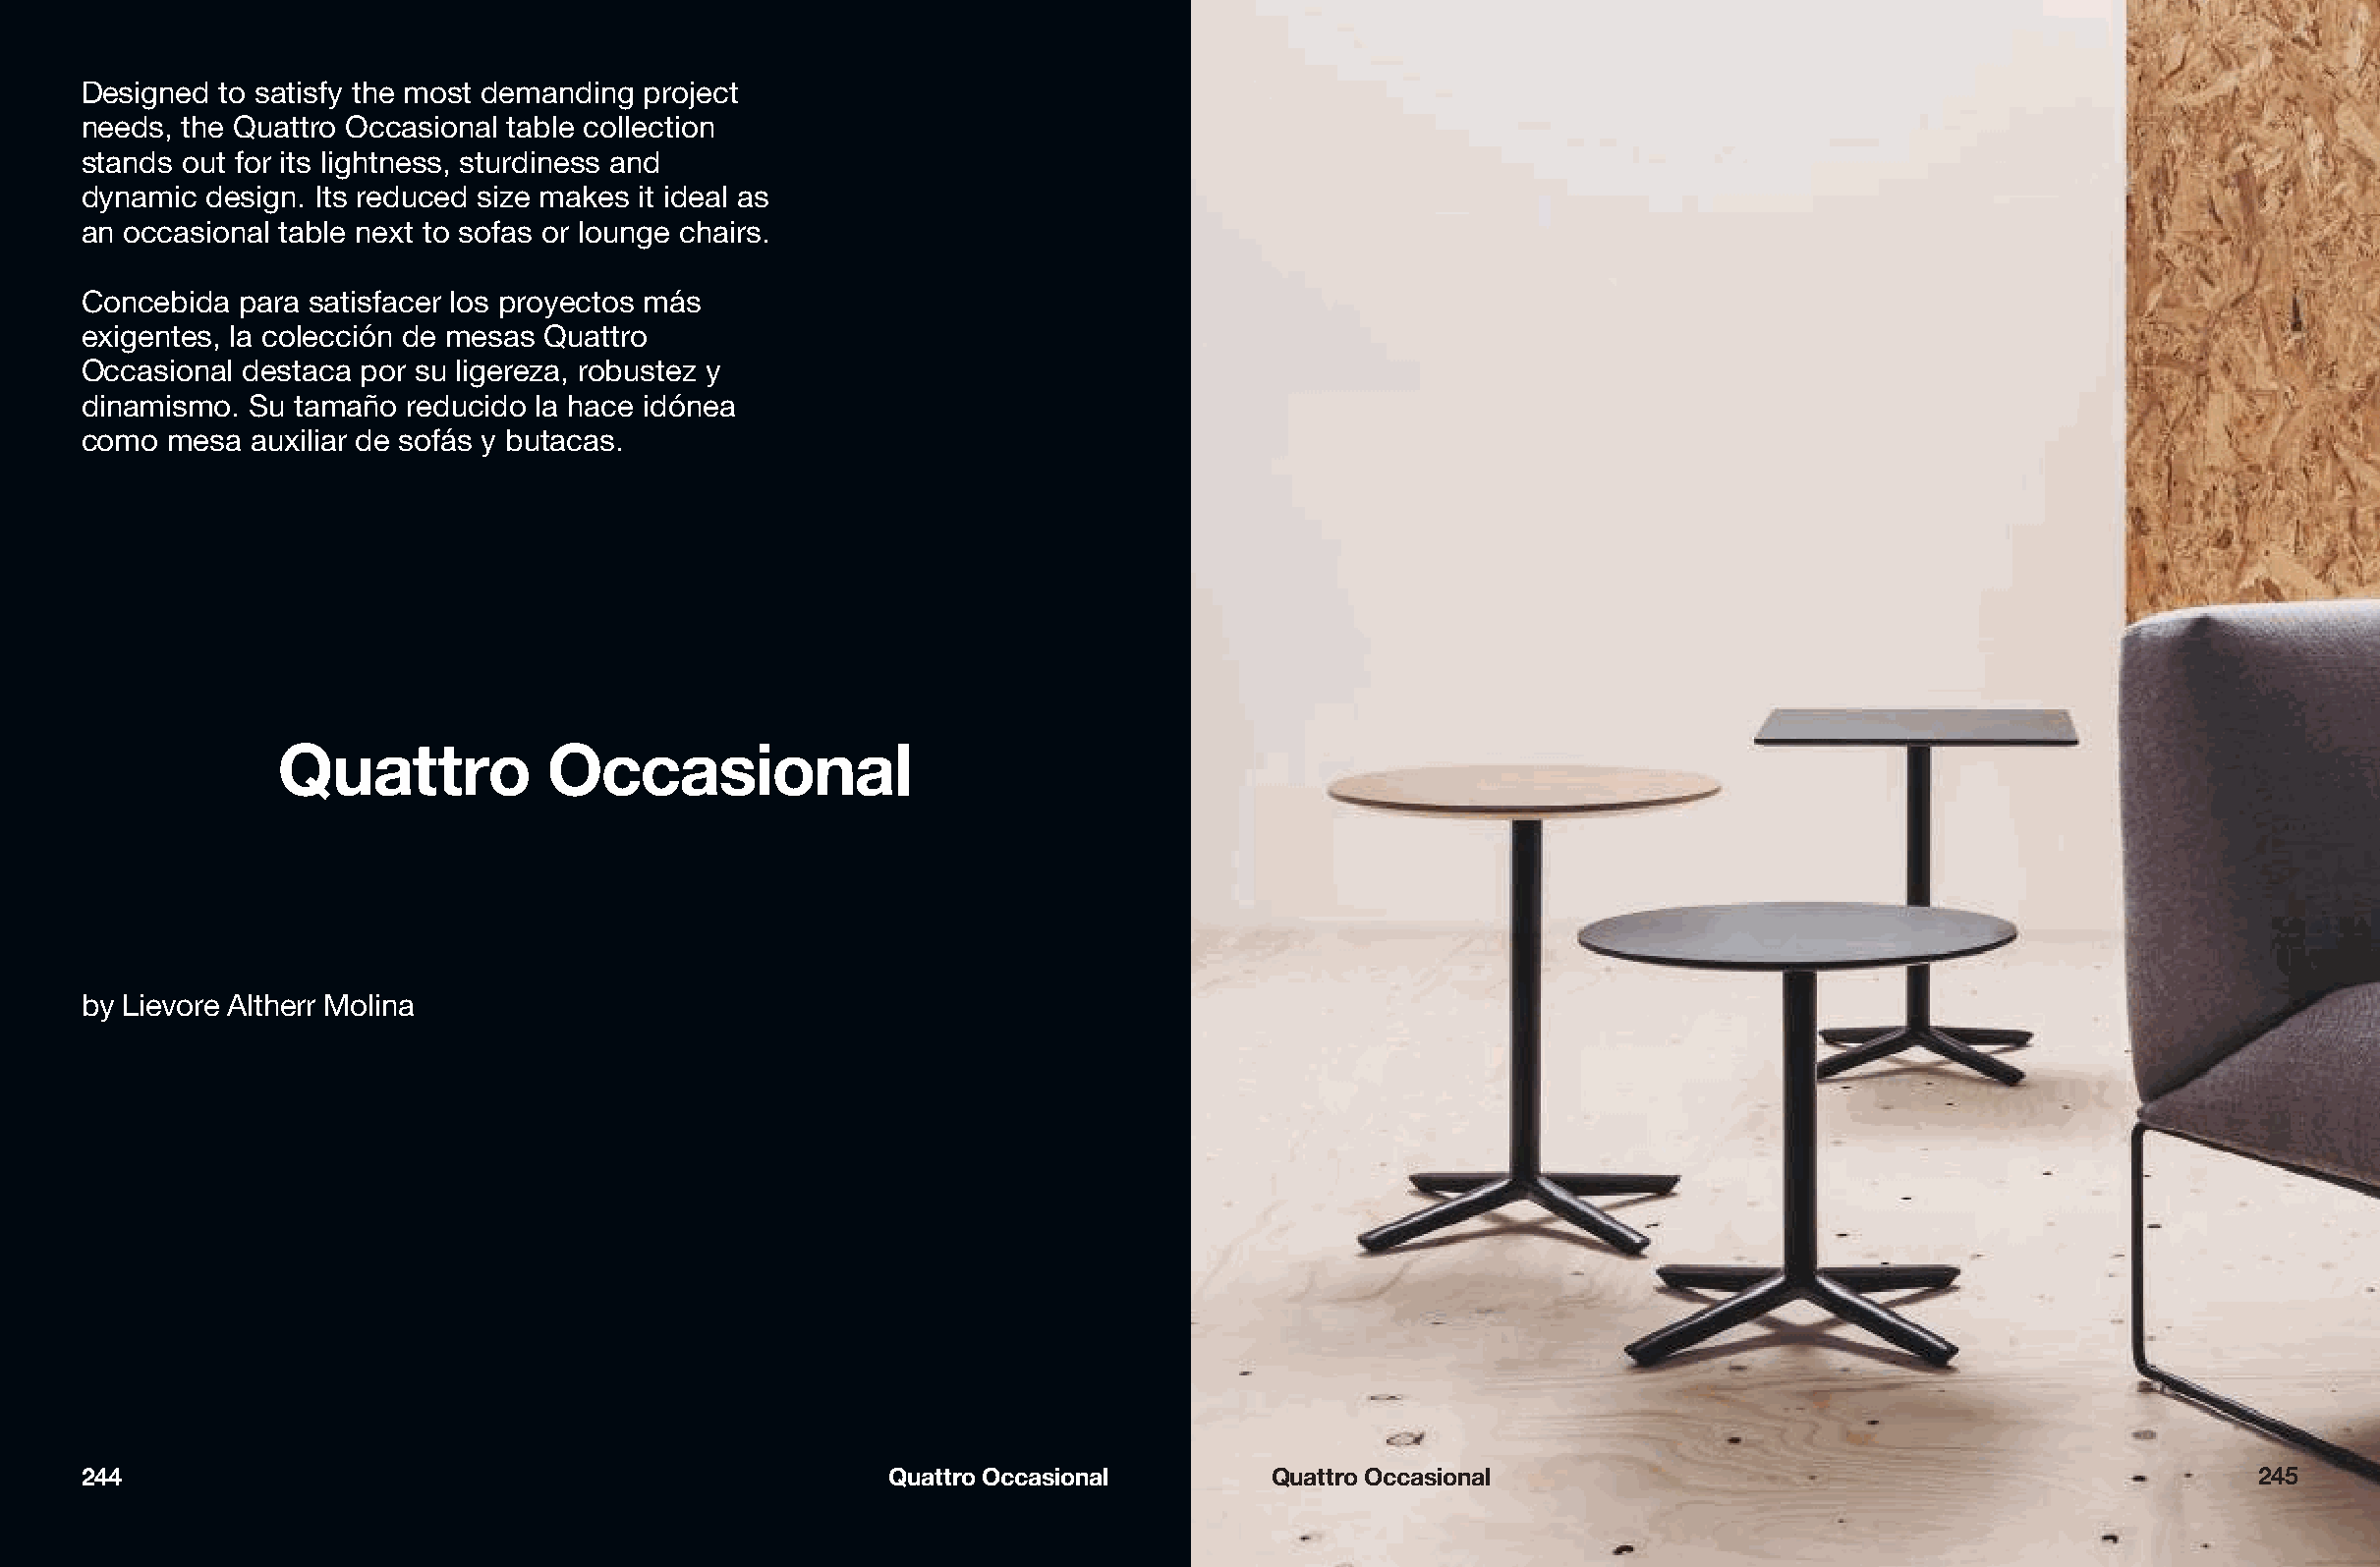
Designed  to satisfy the most demanding project
 needs, the Quattro Occasional table collection
 stands out for its lightness, sturdiness and
 dynamic  design. Its reduced size makes it ideal as
 an occasional table next to sofas or lounge chairs.
 Concebida  para satisfacer los proyectos más
 exigentes, la colección de mesas Quattro
 Occasional destaca por su ligereza, robustez y
 dinamismo.  Su tamaño reducido la hace idónea
 como  mesa  auxiliar de sofás y butacas.
 Quattro           Occasional
 by Lievore Altherr Molina
 244                                                    Quattro Occasional        Quattro Occasional                                                245